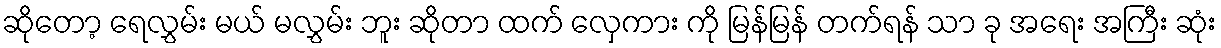
ဆိုတော့ ရေလွှမ်း မယ် မလွှမ်း ဘူး ဆိုတာ ထက် လှေကား ကို မြန်မြန် တက်ရန် သာ ခု အရေး အကြီး ဆုံး